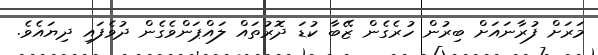
މަރަށް ފުރާނައަށް ބިރުން ހުރެގެން ޒޭބާ ކުޑަ ދޮރުތައް ލައްޕަންވެގެން ދުވެފައި ދިޔައެވެ.